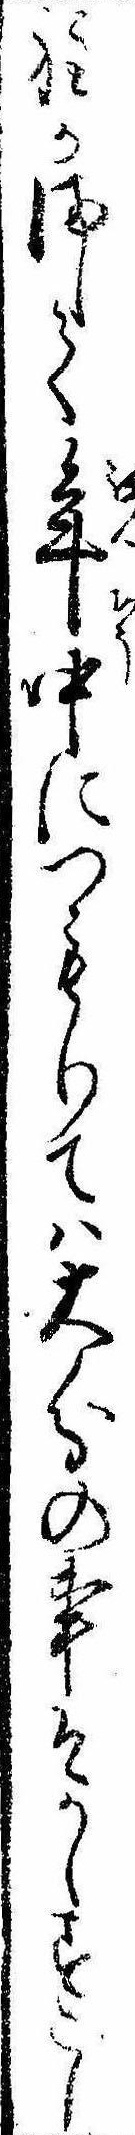
程かまして年中につもりては大分の事そかしすこし